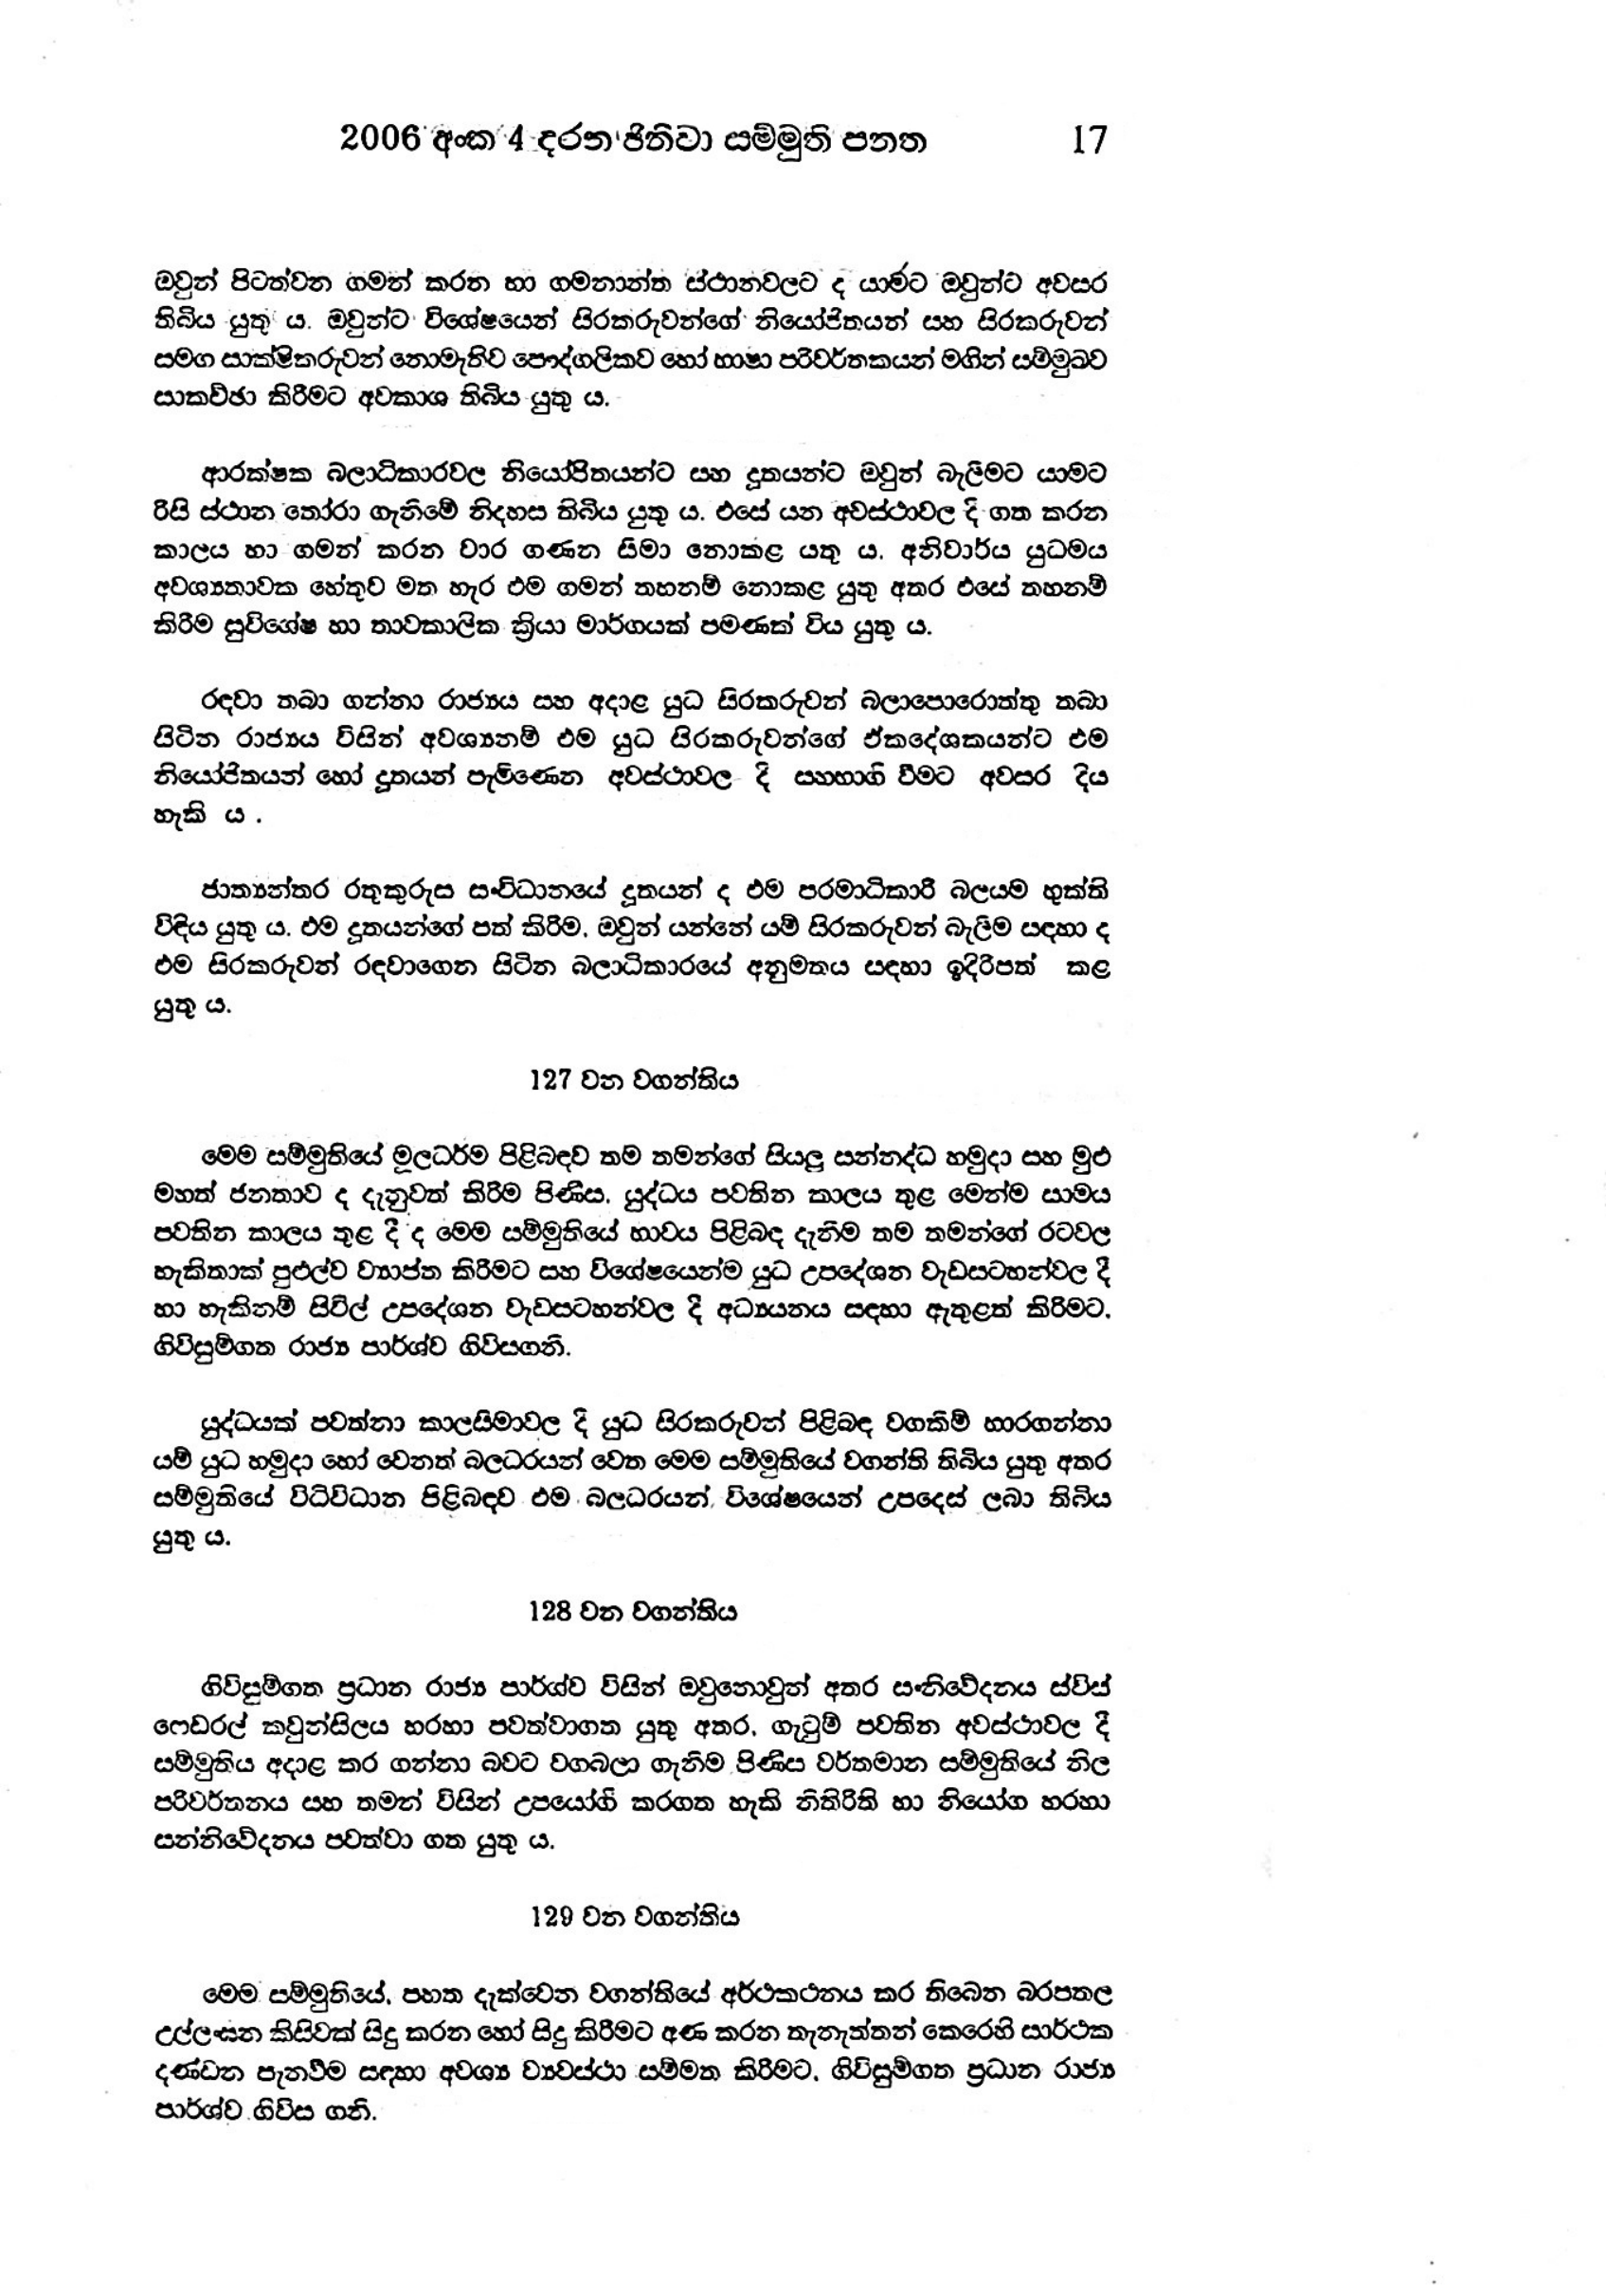
2006 අංක 4 දරන ජිනීවා සම්මුති පනත 17

ඔවුන් පිටත්වන ගමන් කරන හා ගමනාන්ත ස්ථානවලට ද යාමට ඔවුන්ට අවසර
තිබිය යුතු ය. ඔවුන්ට විශේෂයෙන් සිරකරුවන්ගේ නියෝජිතයන් සහ සිරකරුවන්
සමග සාක්ෂිකරුවන් නොමැතිව පෞද්ගලිකව හෝ භාෂා පරිවර්තකයන් මගින් සම්මුඛව
සාකච්ඡා කිරීමට අවකාශ තිබිය යුතු ය.

ආරක්ෂක බලාධිකාරවල නියෝජිතයන්ට සහ දූතයන්ට ඔවුන් බැලීමට යාමට
රිසි ස්ථාන තෝරා ගැනිමේ නිදහස තිබිය යුතු ය. එසේ යන අවස්ථාවල දි ගත කරන
කාලය හා ගමන් කරන වාර ගණන සීමා නොකළ යතු ය. අනිවාර්ය යුධමය
අවශ්‍යතාවක හේතුව මත හැර එම ගමන් තහනම් නොකළ යුතු අතර එසේ තහනම්
කිරීම සුවිශේෂ හා තාවකාලික ක්‍රියා මාර්ගයක් පමණක් විය යුතුය.

රඳවා තබා ගන්නා රාජ්‍යය සහ අදාළ යුධ සිරකරුවන් බලාපොරොත්තු තබා
සිටින රාජ්‍යය විසින් අවශ්‍ය නම් එම යුධ සිරකරුවන්ගේ ඒක දේශකයන්ට එම
නියෝජිතයන් හෝ දූතයන් පැමිණෙන අවස්ථාවල දි සහභාගි වීමට අවසර දිය
හැකි ය.

ජාත්‍යන්තර රතුකුරුස සංවිධානයේ දූතයන් ද එම පරමාධිකාරී බලයම භුක්ති
විඳිය යුතු ය. එම දූතයන්ගේ පත් කිරිම, ඔවුන් යන්නේ යම් සිරකරුවන් බැලීම සඳහා ද
එම සිරකරුවන් රඳවාගෙන සිටින බලාධිකාරයේ අනුමතය සඳහා ඉදිරිපත් කළ
යුතු ය.

127 වන වගන්තිය

මෙම සම්මුතියේ මූල ධර්ම පිළිබඳව තම තමන්ගේ සියලු සන්නද්ධ හමුදා සහ මුළු
මහත් ජනතාව ද දැනුවත් කිරීම පිණිස. යුද්ධය පවතින කාලය තුළ මෙන්ම සාමය
පවතින කාලය තුළ දී ද මෙම සම්මුතියේ භාවය පිළිබඳ දැනීම තම තමන්ගේ රටවල
හැකිතාක් පුළුල්ව ව්‍යාප්ත කිරීමට සහ විශේෂයෙන්ම යුධ උපදේශන වැඩසටහන්වල දී
හා හැකි නම් සිවිල් උපදේශන වැඩසටහන්වල දී අධ්‍යයනය සඳහා ඇතුළත් කිරිමට
ගිවිසුම්ගත රාජ්‍ය පාර්ශ්ව ගිවිසගනී.

යුද්ධයක් පවත්නා කාලසිමාවල දී යුධ සිරකරුවන් පිළිබඳ වගකිම් භාරගන්නා
යම් යුධ හමුදා හෝ වෙනත් බලධරයන් වෙත මෙම සම්මුතියේ වගන්ති තිබිය යුතු අතර
සම්මුතියේ විධිවිධාන පිළිබඳව එම බලධරයන් විශේෂයෙන් උපදෙස් ලබා තිබිය
යුතු ය.

128 වන වගන්තිය

ගිවිසුම්ගත ප්‍රධාන රාජ්‍ය පාර්ශ්ව විසින් ඔවුනොවුන් අතර සංනිවේදනය ස්විස්
ෆෙඩරල් කවුන්සිලය හරහා පවත්වාගත යුතු අතර, ගැටුම් පවතින අවස්ථාවල දී
සම්මුතිය අදාළ කර ගන්නා බවට වගබලා ගැනිම පිණිස වර්තමාන සම්මුතියේ නිල
පරිවර්තනය සහ තමන් විසින් උපයෝගි කරගත හැකි නිතිරිති හා නියෝග හරහා
සන්නිවේදනය පවත්වා ගත යුතු ය.

129 වන වගන්තිය

මෙම සම්මුතියේ පහත දැක්වෙන වගන්තියේ අර්ථකථනය කර තිබෙන බරපතල
උල්ලංඝන කිසිවක් සිදු කරන හෝ සිදු කිරීමට අණ කරන තැනැත්තන් කෙරෙහි සාර්ථක
දණ්ඩන පැනවීම සඳහා අවශ්‍ය ව්‍යවස්ථා සම්මත කිරීමට, ගිවිසුම්ගත ප්‍රධාන රාජ්‍ය
පාර්ශ්ව ගිවිස ගනි.